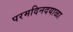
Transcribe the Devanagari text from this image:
परमदिनदयाळा